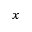
_ x